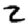
Digit: 2